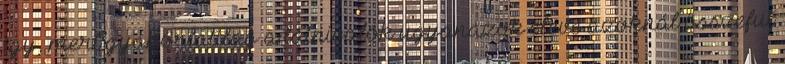
így, mert gyakorlatilag a látnivalók ugyanazok eleve azoknál összefut